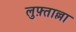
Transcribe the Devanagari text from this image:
लुफ़्ताल्ला